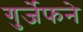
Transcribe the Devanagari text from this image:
गुर्जेफने